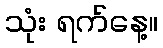
သုံး ရက်နေ့။